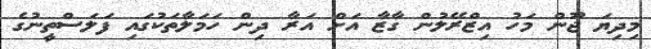
މިދިޔަ ޖޫން މަހު އިޒްރޭލުން ގާޒާ އަށް އަރާ ދިން ހަމަލާތަކުގައި ފަލަސްތީނުގެ